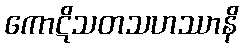
ကောဋိသတသဟဿာနိ